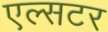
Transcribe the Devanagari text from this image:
एल्सटर